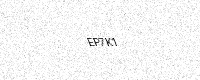
Text: EP7K1